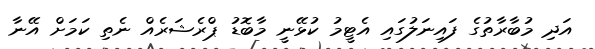
އަދި މުބާރާތުގެ ފައިނަލުގައި އެޓީމު ކުޅޭނީ މާބޮޑު ޕްރެޝަރެއް ނެތި ކަމަށް އޭނާ